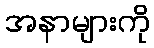
အနာများကို